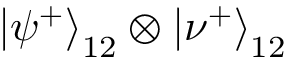
\left| \psi ^ { + } \right\rangle _ { 1 2 } \otimes \left| \nu ^ { + } \right\rangle _ { 1 2 }